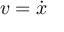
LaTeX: v = { \dot { x } }